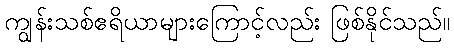
ကျွန်းသစ်ဧရိယာများကြောင့်လည်း ဖြစ်နိုင်သည်။